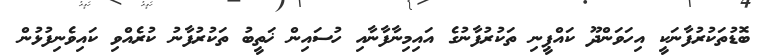
ބޮޑުތަކުރުފާނަކީ އިހަވަންދޫ ކައްޕީނި ތަކުރުފާނުގެ އައިމިނާފާނާއި ހުސައިން ޚަތީބު ތަކުރުފާނު ކުރެއްވި ކައިވެނިފުޅުން